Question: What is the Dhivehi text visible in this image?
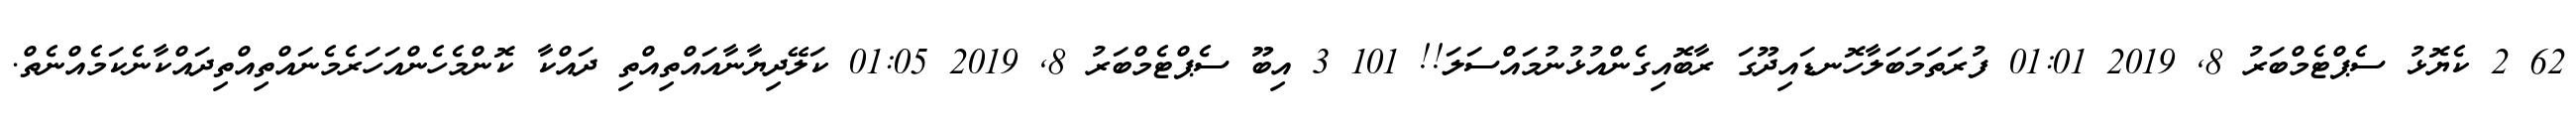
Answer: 62 2 ކެޔޮޅު ސެޕްޓެމްބަރު 8, 2019 01:01 ފުރަތަމަބަލާހޮނޑައިދޫގަ ރާބޮއިގެންއުޅުނުމައްސަލަ!! 101 3 އިބޫ ސެޕްޓެމްބަރު 8, 2019 01:05 ކަލޭދިޔާނާއައްތިއްތި ދައްކާ ކޮންމެހެންއަހަރެމެނައްތިއްތިދައްކާނެކަމެއްނެތް.